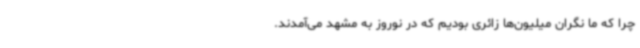
چرا که ما نگران میلیون‌ها زائری بودیم که در نوروز به مشهد می‌آمدند.